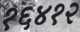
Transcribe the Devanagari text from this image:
१६४१२